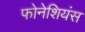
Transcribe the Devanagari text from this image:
फोनेशियंस